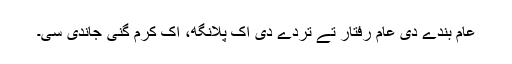
عام بندے دی عام رفتار تے تُردے دی اک پلانگھ، اک کرم گنی جاندی سی۔